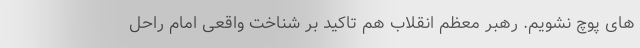
های پوچ نشویم. رهبر معظم انقلاب هم تاکید بر شناخت واقعی امام راحل